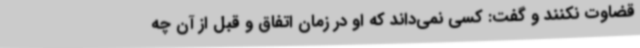
قضاوت نکنند و گفت: کسی نمی‌داند که او در زمان اتفاق و قبل از آن چه